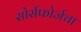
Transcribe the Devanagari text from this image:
सोर्सफोर्जचा